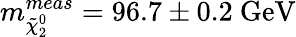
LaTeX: m_{\tilde{\chi}_{2}^{0}}^{meas}=96.7\pm 0.2\mathrm{\ GeV}